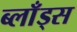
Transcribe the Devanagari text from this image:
ब्लाँड्स